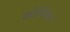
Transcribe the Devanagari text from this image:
कोप्य्रिघ्त